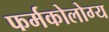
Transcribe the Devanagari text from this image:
फर्मकोलोग्य